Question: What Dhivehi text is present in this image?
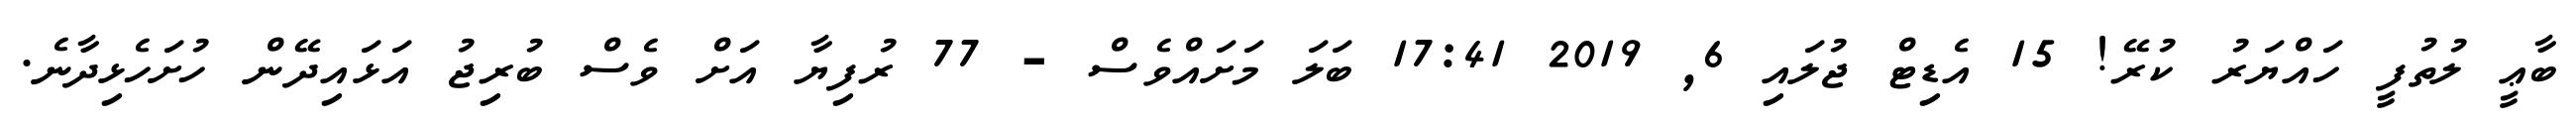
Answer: ބާޢީ ލުތުފީ ހައްޔަރު ކުރޭ! 15 އެޑިޓް ޖުލައި 6, 2019 17:41 ބަލަ މަށައްވެސް - 77 ރުފިޔާ އަށް ވެސް ބުރިޖު އަޅައިދޭން ހުށަހެޅިދާނެ.